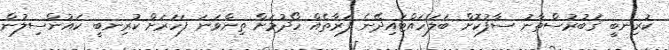
ކުރިނބީ ޤަބުރުސްތާނު ސާފުކޮށް ބަލަހައްޓައިދޭނެ ފަރާތެއް ހޯދުމަށް ތިންވަނަ ފަހަރަށް ކުރިނބީ ކައުންސިލުން